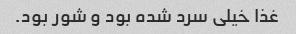
غذا خیلی سرد شده بود و شور بود.